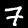
Label: 7